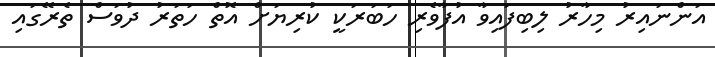
އަންނައިރު މިހާރު ލިބިފައިވާ އުފާވެރި ހަބަރަކީ ކުރިޔަށް އޮތް ހަތަރު ދުވަސް ތެރޭގައި